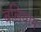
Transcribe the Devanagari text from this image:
बलियान